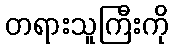
တရားသူကြီးကို